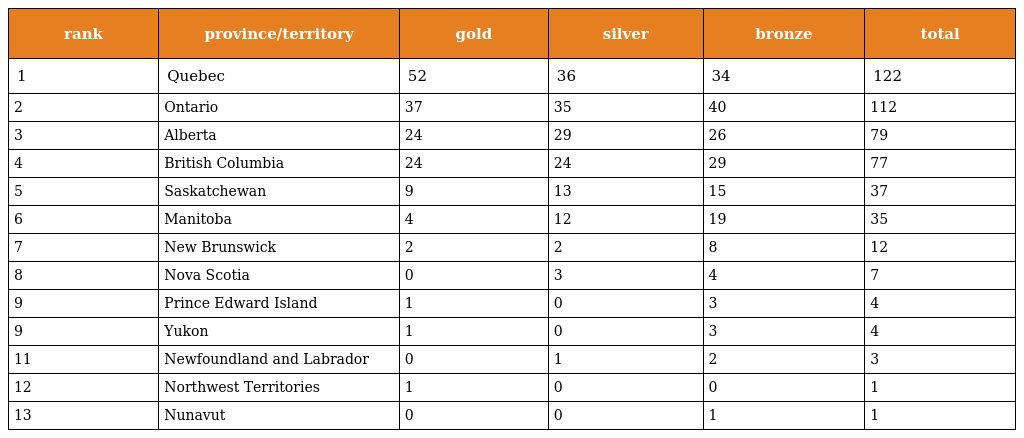
| rank | province/territory | gold | silver | bronze | total |
 | --- | --- | --- | --- | --- | --- |
 | 1 | Quebec | 52 | 36 | 34 | 122 |
 | 2 | Ontario | 37 | 35 | 40 | 112 |
 | 3 | Alberta | 24 | 29 | 26 | 79 |
 | 4 | British Columbia | 24 | 24 | 29 | 77 |
 | 5 | Saskatchewan | 9 | 13 | 15 | 37 |
 | 6 | Manitoba | 4 | 12 | 19 | 35 |
 | 7 | New Brunswick | 2 | 2 | 8 | 12 |
 | 8 | Nova Scotia | 0 | 3 | 4 | 7 |
 | 9 | Prince Edward Island | 1 | 0 | 3 | 4 |
 | 9 | Yukon | 1 | 0 | 3 | 4 |
 | 11 | Newfoundland and Labrador | 0 | 1 | 2 | 3 |
 | 12 | Northwest Territories | 1 | 0 | 0 | 1 |
 | 13 | Nunavut | 0 | 0 | 1 | 1 |